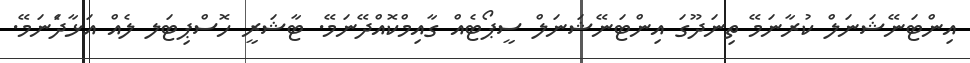
އިންޓަނޭޝަނަލް ކުރާނަމޭ ތިނަދޫގަ އިންޓަނޭޝަނަލް ސީޕޯޓެއް ގާއިމްކޮއްދޭނަމޭ. ޓާޝަރީ ހޮސްޕިޓަލ ލެއް އަޅާދަެނަމޭ.